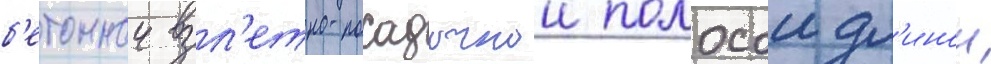
б'етоннои взл'етно-посадочнои полосои дл'инои